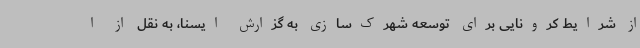
از شرایط کرونایی برای توسعه شهرک‌سازی به گزارش ایسنا، به نقل از ا